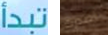
تبدأ أصدرت